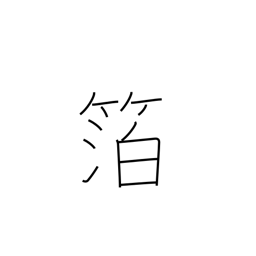
Meaning: foil